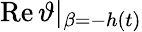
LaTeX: \operatorname{Re}\vartheta\vert_{\beta=-h(t)}